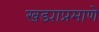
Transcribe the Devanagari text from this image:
खड्याप्रमाणे